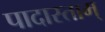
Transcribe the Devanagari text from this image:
पादास्ताम्